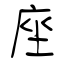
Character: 座